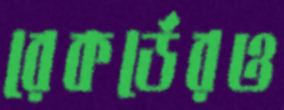
রেকর্ডেরও